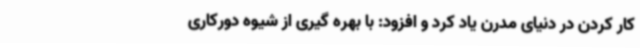
کار کردن در دنیای مدرن یاد کرد و افزود: با بهره گیری از شیوه دورکاری